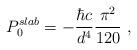
LaTeX: \begin{align*}P^{slab}_0=-\frac{\hbar c }{d^4}\frac{\pi^2}{120}\ ,\end{align*}